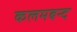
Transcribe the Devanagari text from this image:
कलमबन्द